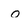
Character: o